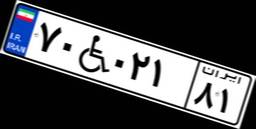
۷۰W۰۲۱۸۱